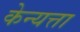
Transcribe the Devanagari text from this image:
केन्यत्ता